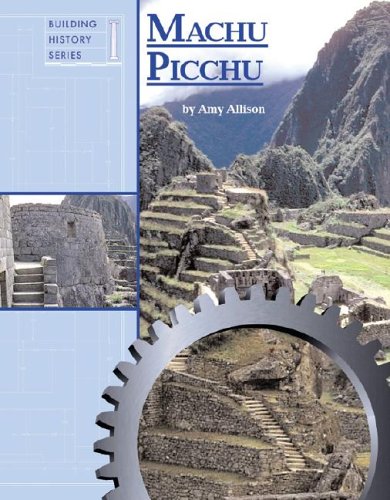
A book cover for Machu Picchu (Building History); Amy Allison; Children's Books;